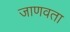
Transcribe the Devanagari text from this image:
जाणवता